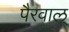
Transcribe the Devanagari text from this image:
पैरवाल्